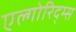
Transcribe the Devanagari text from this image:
एल्गोरिद्म्स